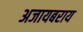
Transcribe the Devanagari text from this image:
अजायबराय